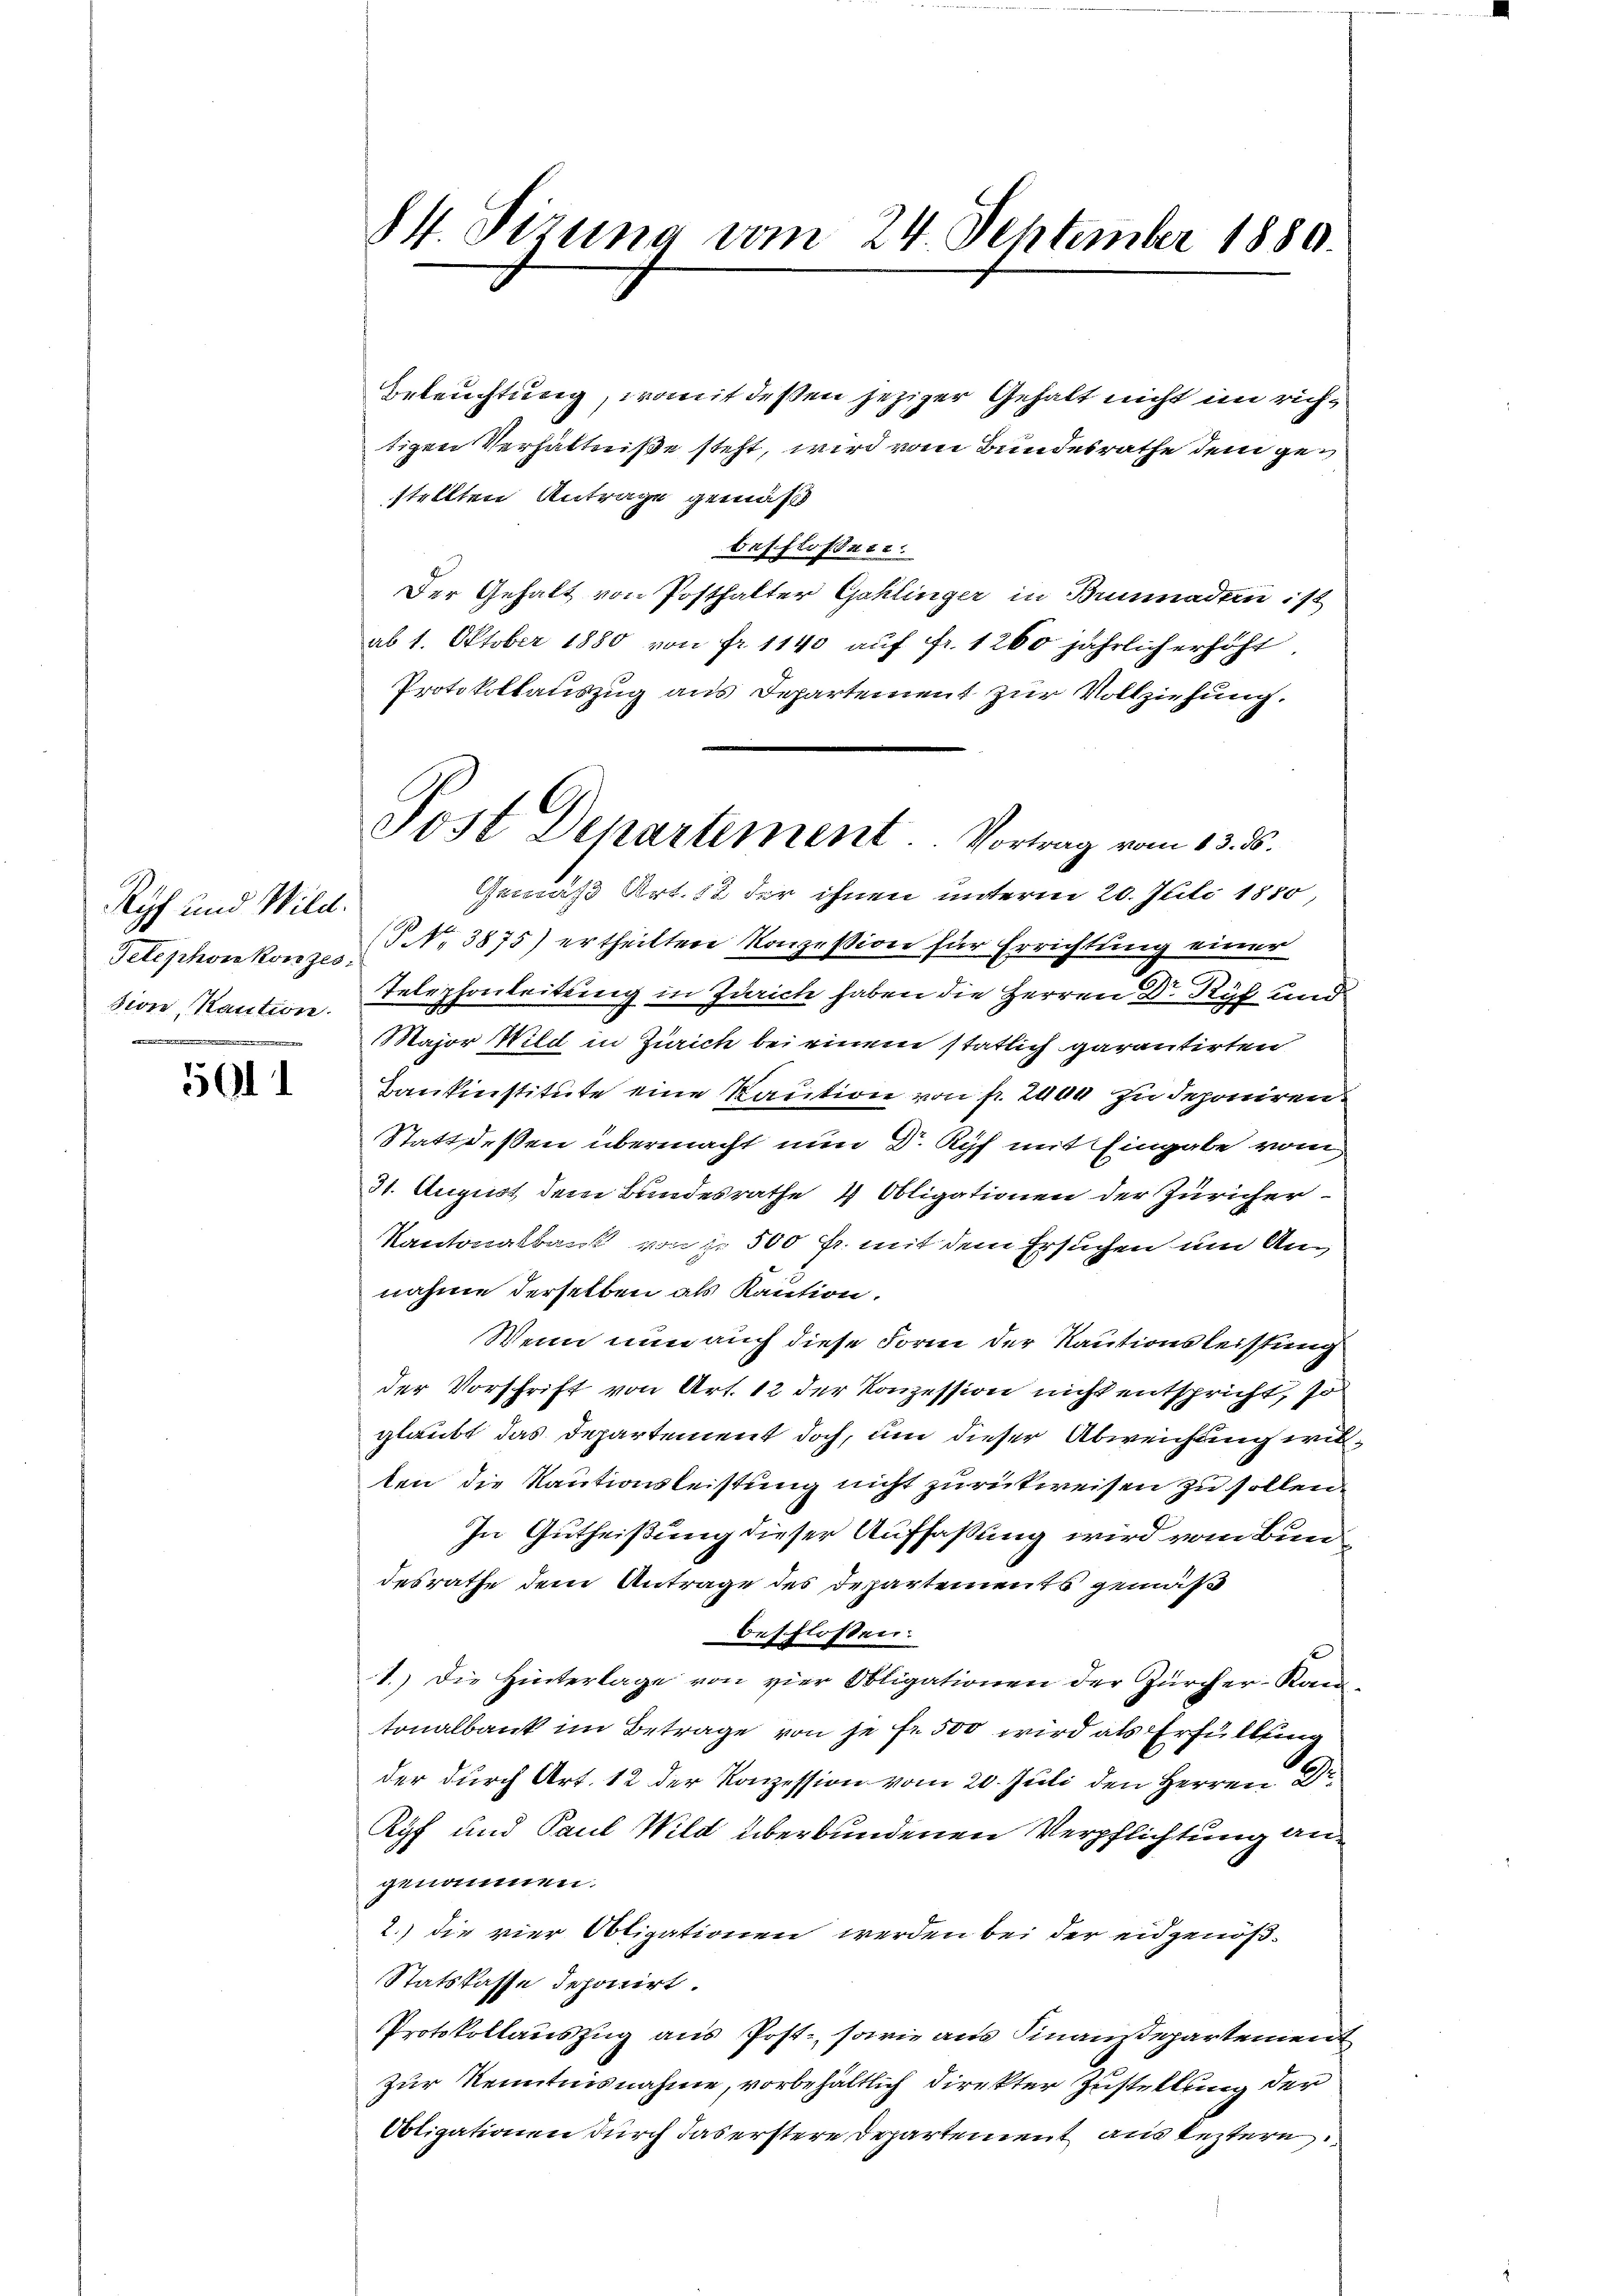
Ryf und Wild.
sion, Kaution.
 Z. 1795. 144. 451 1891 Z. 1945 n 1. 24 t

5911

84. Sizung vom 24. September 1880.

Post Departement. Vortrag vom 13. ds.

Beleuchtung, womit deßen jeziger Gehalt nicht im richtigen Verhältniße steht, wird vom Bundesrathe dem gestellten Antrage gemäß
beschloßen.
Der Gehalt von Posthalter Gaklinger in Brunnadern ist
ab 1. Oktober 1880 von fr. 1140 auf Fr. 1260 jährlich erhöht,
Protokollauszug aus Departement zur Vollziehung.
Gemäß Art. 18 der ihnen unterm 20. Juli 1850
Telephonkonzes No 3875) ertheilten Konzession für Errichtung einer
Telephonleitung in Zürich haben die Herren Dr Ryf und
Major Wild in Zürich bei einem statlich garantirten
Bankinstitute eine Kaution von fr. 2000 zu deponiren
Statt deßen übermacht nun Dr. Ryf mit Eingabe vom
31. August dem Bundesrathe 4 Obligationen der Züricher
Kantonalbank von je 500 fr. mit dem Ersuchen und Annahme derselben als Kaution.
Wenn nun auch diese Form der Kautionsleistung
der Vorschrift von Art. 12 der Konzession nicht entspricht, so
glaubt das Departement doch, um dieser Abweichung wirten die Kautionsleistung nicht zurückweisen zu sollen.
In Gutheißung dieser Auffaßung wird vom Bundesrathe dem Antrage des Departements gemäß
beschlossen:
1.) Die Hinterlage von vier Obligationen der Zürcher-Kan-
tonalbank im Betrage von je Fr. 500 wird als Erfüllung
der durch Art. 12 der Konzession vom 20. Juli den Herren Dr
Kyf und Paul Wild überbundenen Verpflichtung angenommen.
2.) Die vier Obligationen werden bei der eidgenöß¬
Statskasse deponirt.
Protokollauszug aus Post, sowie aus Finanzdepartement
zur Kenntnisnahme, vorbehältlich direkter Zustellung der
Obligationen durch das erstere Departement aus leztern